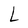
Character: L